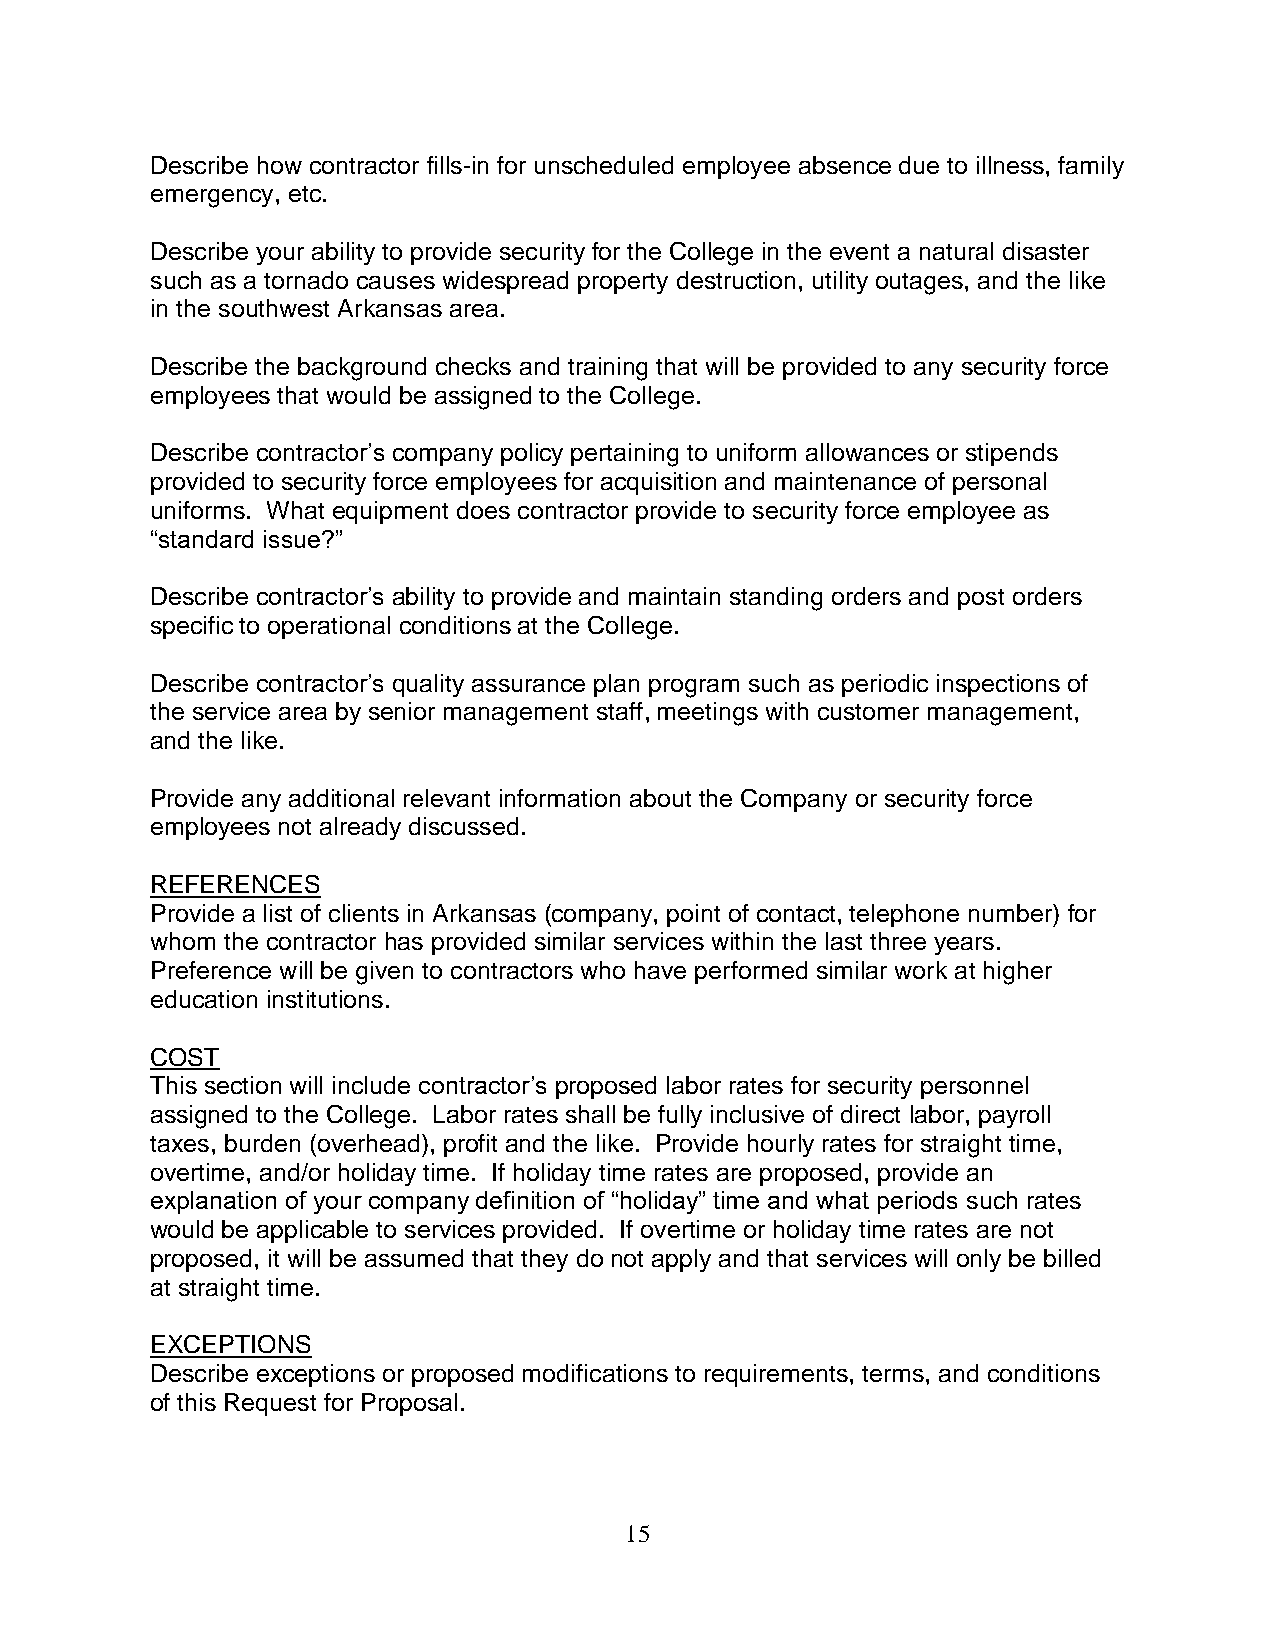
Describe how contractor fills-in for unscheduled employee absence due to illness, family
 emergency, etc.
 Describe your ability to provide security for the College in the event a natural disaster
 such as a tornado causes widespread property destruction, utility outages, and the like
 in the southwest Arkansas area.
 Describe the background checks and training that will be provided to any security force
 employees that would be assigned to the College.
 Describe contractor’s company policy pertaining to uniform allowances or stipends
 provided to security force employees for acquisition and maintenance of personal
 uniforms. What equipment does contractor provide to security force employee as
 “standard issue?”
 Describe contractor’s ability to provide and maintain standing orders and post orders
 specific to operational conditions at the College.
 Describe contractor’s quality assurance plan program such as periodic inspections of
 the service area by senior management staff, meetings with customer management,
 and the like.
 Provide any additional relevant information about the Company or security force
 employees not already discussed.
 REFERENCES
 Provide a list of clients in Arkansas (company, point of contact, telephone number) for
 whom the contractor has provided similar services within the last three years.
 Preference will be given to contractors who have performed similar work at higher
 education institutions.
 COST
 This section will include contractor’s proposed labor rates for security personnel
 assigned to the College. Labor rates shall be fully inclusive of direct labor, payroll
 taxes, burden (overhead), profit and the like. Provide hourly rates for straight time,
 overtime, and/or holiday time. If holiday time rates are proposed, provide an
 explanation of your company definition of “holiday” time and what periods such rates
 would be applicable to services provided. If overtime or holiday time rates are not
 proposed, it will be assumed that they do not apply and that services will only be billed
 at straight time.
 EXCEPTIONS
 Describe exceptions or proposed modifications to requirements, terms, and conditions
 of this Request for Proposal.
 15